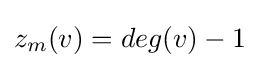
z_{m}(v)=deg(v)-1